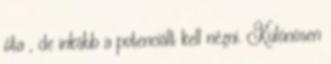
óta , de inkább a potenciált kell nézni. Különösen